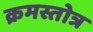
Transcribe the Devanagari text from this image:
क्रमस्तोत्र